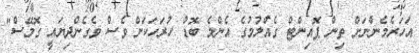
އަހަރެމެންނަށް ތިން ޕޮއިންޓް ގެއްލުމުގެ އެންމެ ބޮޑު ހުރަހަކަށް ވެސް ވެގެންދިޔައީ ގޮމޭސް"